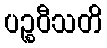
ပဉ္စဝီသတိ